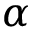
\alpha